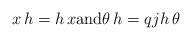
LaTeX: \begin{align*} x \,h=h \,x \mbox{and} \theta \,h = qjh \,\theta\end{align*}